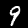
Digit: 9